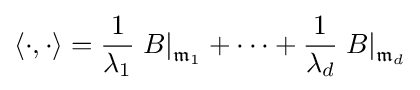
\langle \cdot ,\cdot \rangle ={\frac {1}{\lambda _{1}}}\left.B\right|_{{\mathfrak {m}}_{1}}+\cdots +{\frac {1}{\lambda _{d}}}\left.B\right|_{{\mathfrak {m}}_{d}}